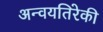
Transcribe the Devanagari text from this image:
अन्वयतिरेकी